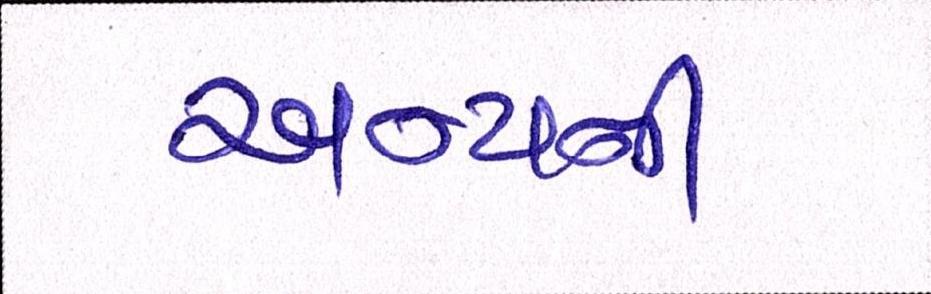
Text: અન્યની